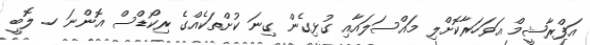
އަފްރާޝީމް އަވަހަރާކޮށްލި މައްސަލައާއި ގުޅިގެން ގިނަ ކުށްތަކެއްގެ ރިކޯޑްސް އޮންނަ ހ. ލޮބީ